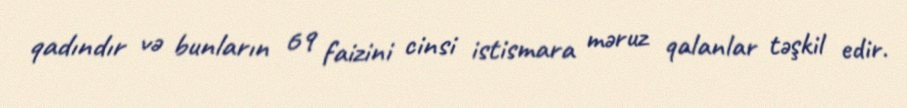
qadındır və bunların 69 faizini cinsi istismara məruz qalanlar təşkil edir.